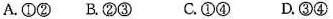
A.①② B.②③ C.①④ D.③④